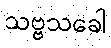
သဗ္ဗသခေါ